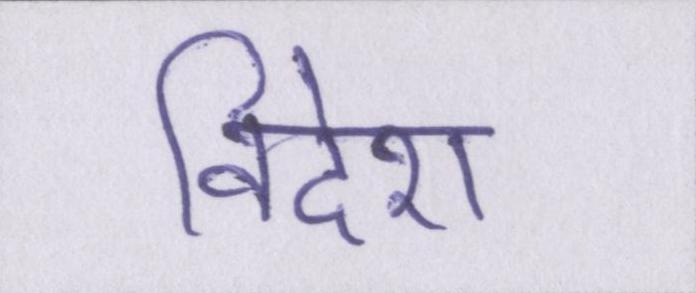
विदेश